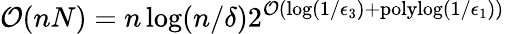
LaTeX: \mathcal{O}(nN)=n\log(n/\delta)2^{\mathcal{O}(\log(1/\epsilon_{3})+\mathrm{polylog}(1/\epsilon_{1}))}